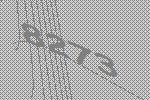
8273